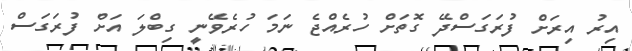
އިރު އިރަށް ފުރަގަސްދޭ ގޮތަށް ހުރެއްޖެ ނަމަ ހުރެވޭނީ ގިބްލަ އަށް ފުރަގަސް